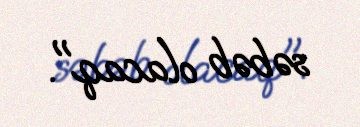
səbəb olacaq".